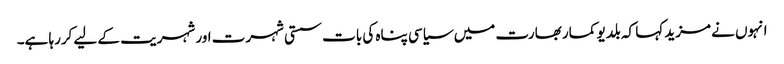
انہوں نے مزید کہا کہ بلدیو کمار بھارت میں سیاسی پناہ کی بات سستی شہرت اور شہریت کے لیے کررہا ہے۔